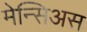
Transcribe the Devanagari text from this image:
मेन्सिअस